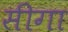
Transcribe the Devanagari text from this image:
सीगा